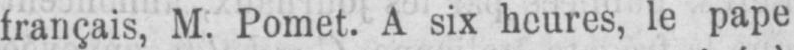
le pape